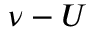
\nu - U